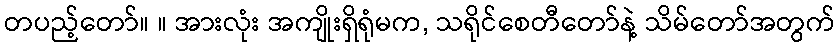
တပည့်တော်။ ။ အားလုံး အကျိုးရှိရုံမက, သရိုင်စေတီတော်နဲ့ သိမ်တော်အတွက်